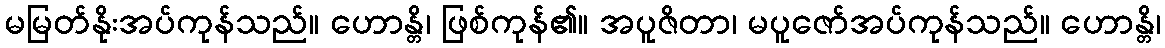
မမြတ်နိုးအပ်ကုန်သည်။ ဟောန္တိ၊ ဖြစ်ကုန်၏။ အပူဇိတာ၊ မပူဇော်အပ်ကုန်သည်။ ဟောန္တိ၊